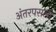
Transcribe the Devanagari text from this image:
अंतरपसली